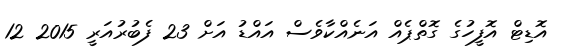
އޮޑިޓް އޮފީހުގެ ގޮތްޕެއް އަނެއްކާވެސް އައްޑު އަށް 23 ފެބުރުއަރީ 2015 12